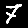
Digit: 7